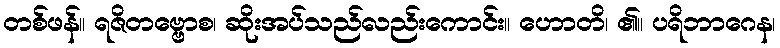
တစ်ဖန်။ ရဇိတဗ္ဗောစ၊ ဆိုးအပ်သည်လည်းကောင်း။ ဟောတိ၊ ၏။ ပရိဘာဂေန၊